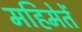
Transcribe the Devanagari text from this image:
महिमेतें